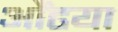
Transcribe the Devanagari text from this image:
औंढया